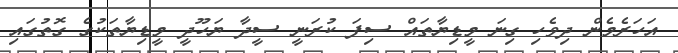
އަހަރެމެން ދިވެހި ގިނަ މީޑިޔާތައް ސިފަ ކުރަނީ ސީދާ ޔަހޫދީ މީޑިޔާތަކުގެ ގޮތުގައި